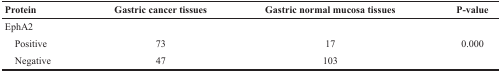
<table><thead><tr><td><b>Protein</b></td><td><b>Gastric cancer tissues</b></td><td><b>Gastric normal mucosa tissues</b></td><td><b>P-value</b></td></tr></thead><tbody><tr><td>EphA2</td><td></td><td></td><td></td></tr><tr><td> Positive</td><td>73</td><td>17</td><td>0.000</td></tr><tr><td> Negative</td><td>47</td><td>103</td><td></td></tr></tbody></table>